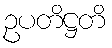
ဥပတိဋ္ဌတိ